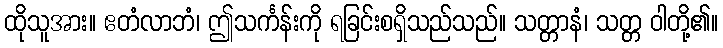
ထိုသူအား။ ဧတံလာဘံ၊ ဤသင်္ကန်းကို ရခြင်းစရှိသည်သည်။ သတ္တာနံ၊ သတ္တ ဝါတို့၏။